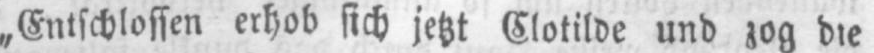
„Entschlossen erhob sich jetzt Clotilde und zog die